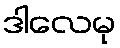
ဒါလေမု